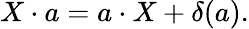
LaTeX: X\cdot a=a\cdot X+\delta(a).